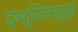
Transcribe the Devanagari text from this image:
इन्शुलिनसुद्धा